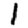
Digit: 1